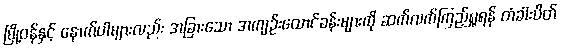
မြို့ဝန်နှင့် နောက်ပါများလည်း အခြားသော အကျဉ်းထောင်ခန်းများကို ဆက်လက်ကြည့်ရှုရန် တံခါးပိတ်